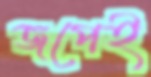
জপেই